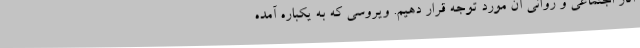
آثار اجتماعی و روانی آن مورد توجه قرار دهیم. ویروسی که به یکباره آمده